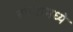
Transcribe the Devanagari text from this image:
रुपयामध्ये